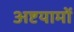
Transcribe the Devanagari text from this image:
अष्टयामों